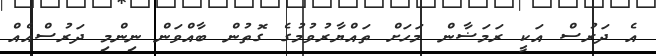
އެ ދަރުސް އަކީ ރަމަޟާން މަަހަށް ތައްޔާރުވުމުގެ ގޮތުން ބާއްވަން ނިންމި ދަރުސްއެއް